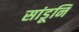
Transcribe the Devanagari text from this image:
सांडूनि